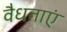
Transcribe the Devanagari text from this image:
वैधताएं